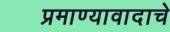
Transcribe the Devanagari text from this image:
प्रमाण्यावादाचे